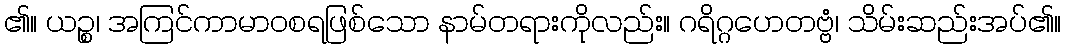
၏။ ယဉ္စ၊ အကြင်ကာမာဝစရဖြစ်သော နာမ်တရားကိုလည်း။ ဂရိဂ္ဂဟေတဗ္ဗံ၊ သိမ်းဆည်းအပ်၏။